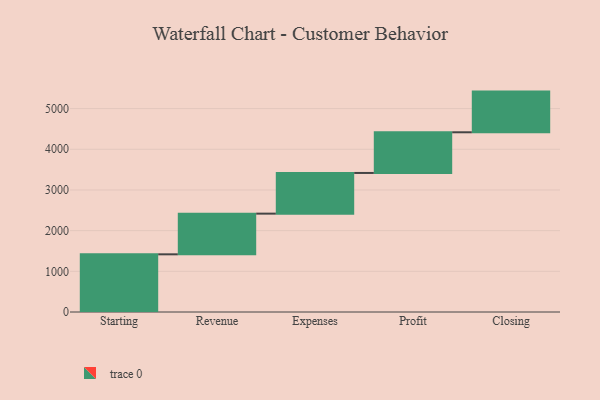
{"axis": {"x": "Step", "y": "Value"}, "legend": [""], "data": [{"x": "Starting", "y": 1418.0, "type": ""}, {"x": "Revenue", "y": 1000, "type": ""}, {"x": "Expenses", "y": 1000, "type": ""}, {"x": "Profit", "y": 1000, "type": ""}, {"x": "Closing", "y": 1000, "type": ""}]}